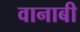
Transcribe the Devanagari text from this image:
वानाबी